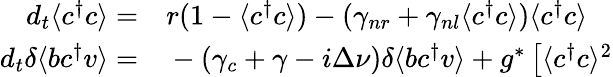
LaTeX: \begin{array}{rl}{d_{t}\langle c^{\dagger}c\rangle=}&{{}r(1-\langle c^{\dagger}c\rangle)-(\gamma_{nr}+\gamma_{nl}\langle c^{\dagger}c\rangle)\langle c^{\dagger}c\rangle}\\ {d_{t}\delta\langle bc^{\dagger}v\rangle=}&{{}-(\gamma_{c}+\gamma-i\Delta\nu)\delta\langle bc^{\dagger}v\rangle+g^{*}\left[\langle c^{\dagger}c\rangle^{2}\right.}\end{array}